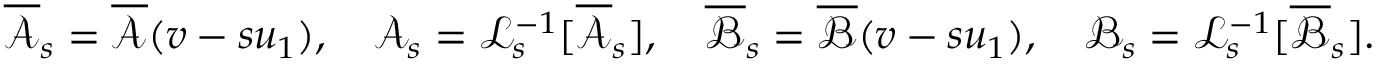
\begin{array} { r } { \overline { { \mathscr { A } } } _ { s } = \overline { { \mathscr { A } } } ( v - s u _ { 1 } ) , \quad \mathscr { A } _ { s } = \mathcal { L } _ { s } ^ { - 1 } [ \overline { { \mathscr { A } } } _ { s } ] , \quad \overline { \mathscr { B } } _ { s } = \overline { \mathscr { B } } ( v - s u _ { 1 } ) , \quad \mathscr { B } _ { s } = \mathcal { L } _ { s } ^ { - 1 } [ \overline { \mathscr { B } } _ { s } ] . } \end{array}